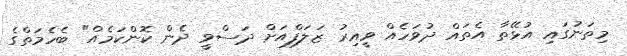
މިތަނުގައި އުޅޭތާ އެތައް ދުވަހެއް ވީއިރު ޒަލަފްއަށް ދަސްވީ ދެން ކޮންކަމެއް" ބެހެމަތްގެ